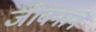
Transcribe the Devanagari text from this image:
जीवनाने